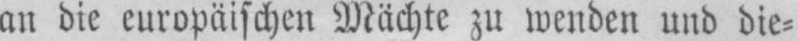
an die europäischen Mächte zu wenden und die⸗